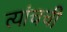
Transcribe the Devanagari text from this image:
त्यांचची